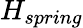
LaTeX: H_{spring}